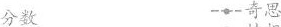
分数--奇思